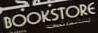
BOOKSTORE